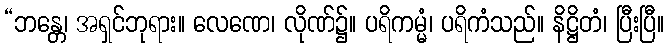
“ဘန္တေ၊ အရှင်ဘုရား။ လေဏေ၊ လိုဏ်၌။ ပရိကမ္မံ၊ ပရိကံသည်။ နိဋ္ဌိတံ၊ ပြီးပြီ။